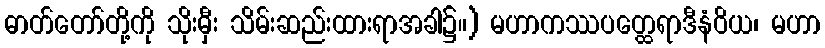
ဓာတ်တော်တို့ကို သိုးမှီး သိမ်းဆည်းထားရာအခါ၌။) မဟာကဿပတ္ထေရာဒီနံဝိယ၊ မဟာ